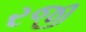
રજી